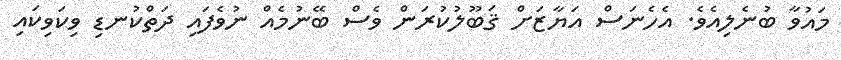
މައުވާ ބުނެލިއެވެ. އެހެނަސް އަޔާޒަށް ޤަބޫލުކުރަން ވެސް ބޭނުމެއް ނުވެފައި ދަތްކުނޑި ވިކަވިކައި